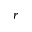
r